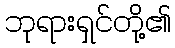
ဘုရားရှင်တို့၏